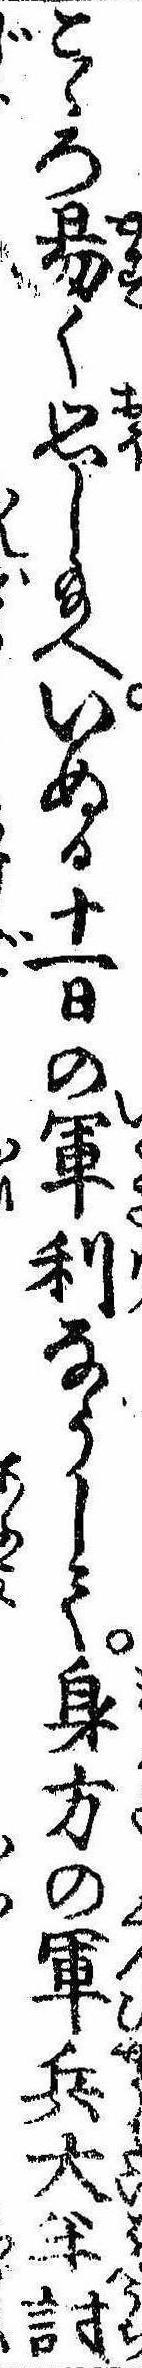
こゝろ易く思し給へいぬる十一日の軍利なうして身方の軍兵大半討